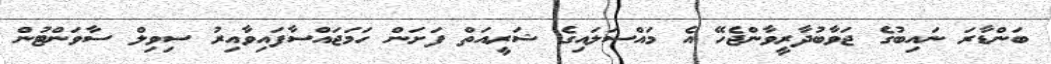
ބަންޑާރަ ނައިބުގެ ޖަވާބުދާރީވާންޖެހޭ އެ މައްސަލައިގެ ޝަރީއަތް ފަށަން ހަމަޖައްސާފައިވާއިރު ސިވިލް ސާވަންޓުން